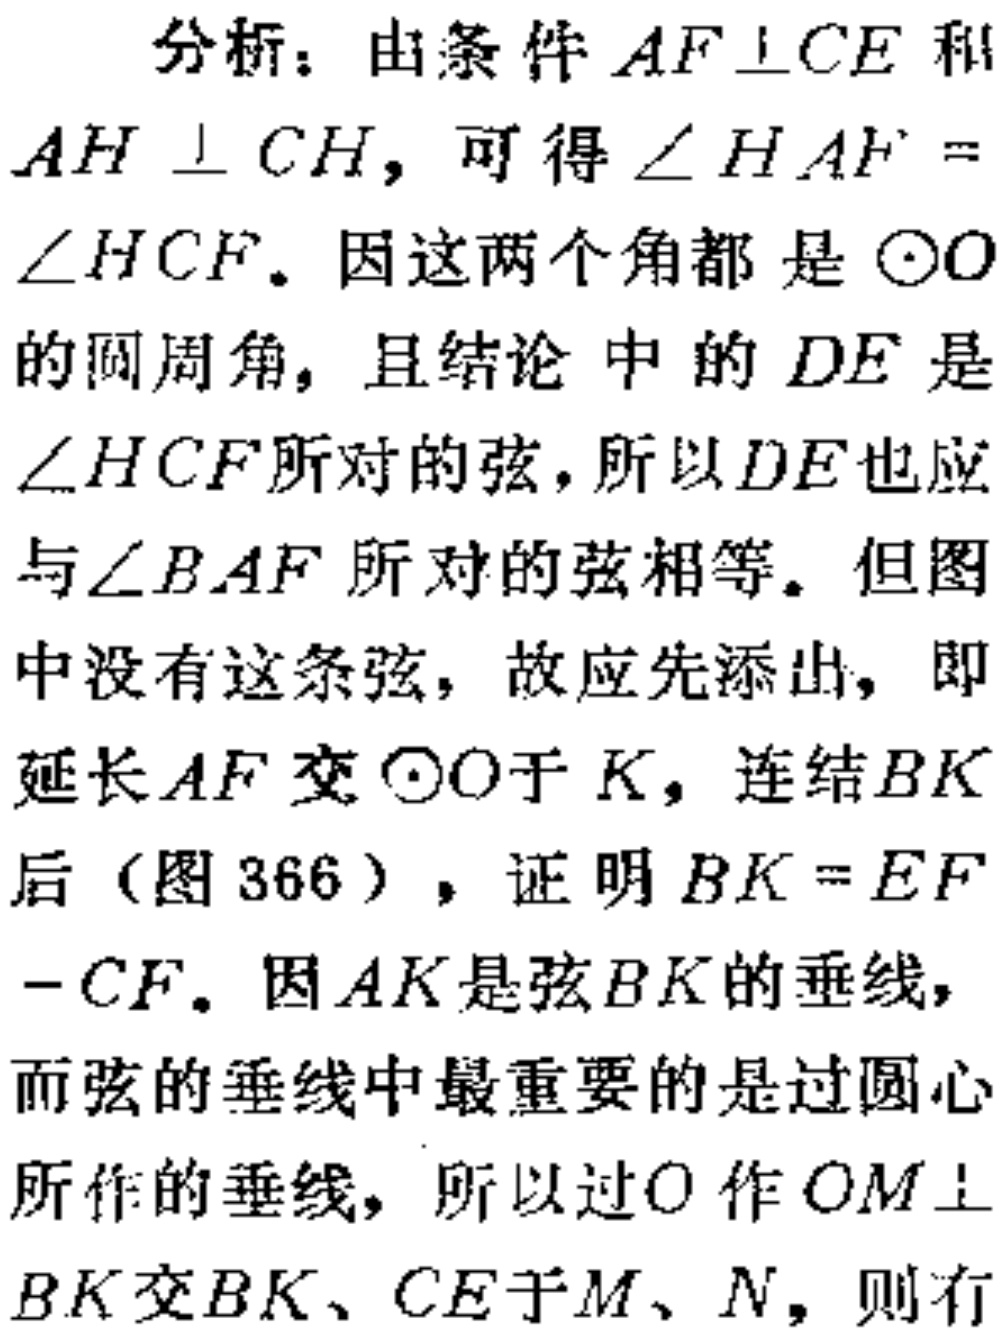
分析：由条件 \(AF\perp CE\) 和
\(AH\perp CH\)，可得 \(\angle HAF =
\angle HCF\)。因这两个角都是 \(\odot O\)
的圆周角，且结论中的 \(DE\) 是
\(\angle HCF\)所对的弦，所以 \(DE\) 也应
与\(\angle BAF\) 所对的弦相等。但图
中没有这条弦，故应先添出，即
延长 \(AF\) 交 \(\odot O\)于 \(K\)，连结 \(BK\)
后（图 366），证明 \(BK = EF\)
\(-CF\)。因 \(AK\) 是弦 \(BK\) 的垂线，
而弦的垂线中最重要的是过圆心
所作的垂线，所以过 \(O\) 作 \(OM\perp\)
\(BK\)交 \(BK、CE\)于 \(M、N\)，则有